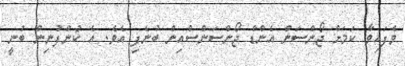
ވެފައިވާ ކަމަށް ޖޯންސަން އެންޑް ޖޯންސަންސްއިން ބުނެފި އެވެ. އެ ކުންފުނިން ބުނީ